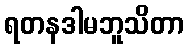
ရတနဒါမဘူသိတာ